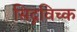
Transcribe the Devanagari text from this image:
सिद्गविच्क